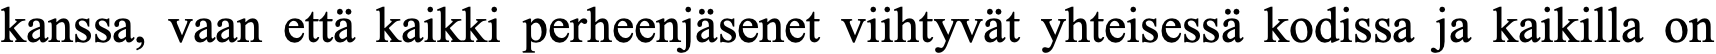
kanssa, vaan että kaikki perheenjäsenet viihtyvät yhteisessä kodissa ja kaikilla on